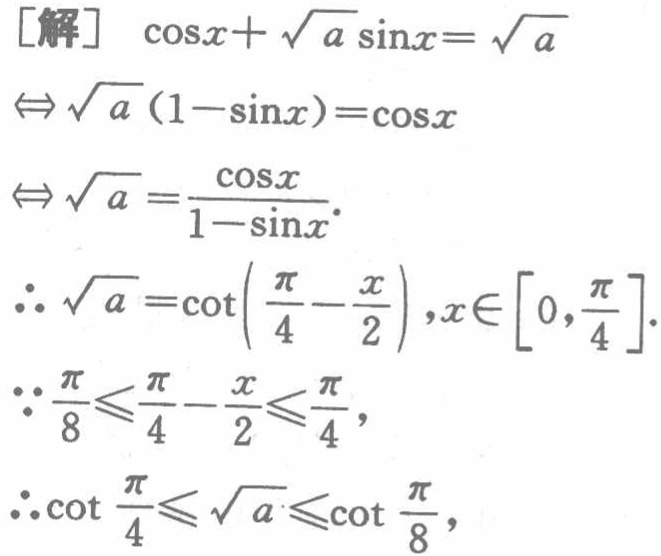
\begin{align*}

[解]\ &\cos x+\sqrt{a}\sin x = \sqrt{a}\\

\Leftrightarrow\ &\sqrt{a}(1 - \sin x)=\cos x\\

\Leftrightarrow\ &\sqrt{a}=\frac{\cos x}{1 - \sin x}.\\

\therefore\ &\sqrt{a}=\cot\left(\frac{\pi}{4}-\frac{x}{2}\right),x\in\left[0,\frac{\pi}{4}\right].\\

\because\ &\frac{\pi}{8}\leqslant\frac{\pi}{4}-\frac{x}{2}\leqslant\frac{\pi}{4},\\

\therefore\ &\cot\frac{\pi}{4}\leqslant\sqrt{a}\leqslant\cot\frac{\pi}{8},

\end{align*}